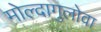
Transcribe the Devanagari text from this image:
मोल्दागुलोवा